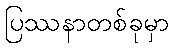
ပြဿနာတစ်ခုမှာ